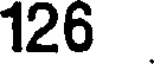
126